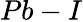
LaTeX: Pb-I